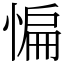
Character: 惼